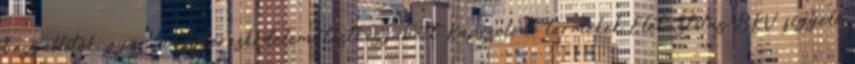
beszállítók, gyár, nagykereskedelem, testreszabott Kapcsolódó termékek Élet-Stílus BKV figyelő